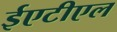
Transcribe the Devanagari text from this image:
ईएटीएल